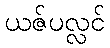
ယဇ်ပလ္လင်